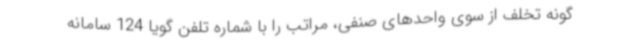
گونه تخلف از سوی واحدهای صنفی، مراتب را با شماره تلفن گویا 124 سامانه